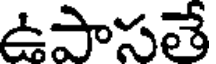
ఉపాసతే